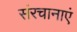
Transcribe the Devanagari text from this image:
संरचानाएं